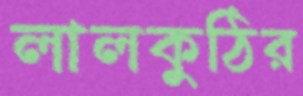
লালকুঠির